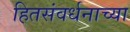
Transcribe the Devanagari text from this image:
हितसंवर्धनाच्या